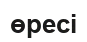
өресі